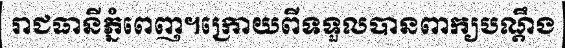
រាជធានីភ្នំពេញ។ក្រោយពីទទួលបានពាក្យបណ្តឹង